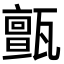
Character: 𤮜